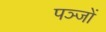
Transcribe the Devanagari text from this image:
पञ्जों